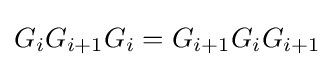
G_{i}G_{i+1}G_{i}=G_{i+1}G_{i}G_{i+1}